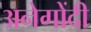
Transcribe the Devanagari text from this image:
अनेगोंदी